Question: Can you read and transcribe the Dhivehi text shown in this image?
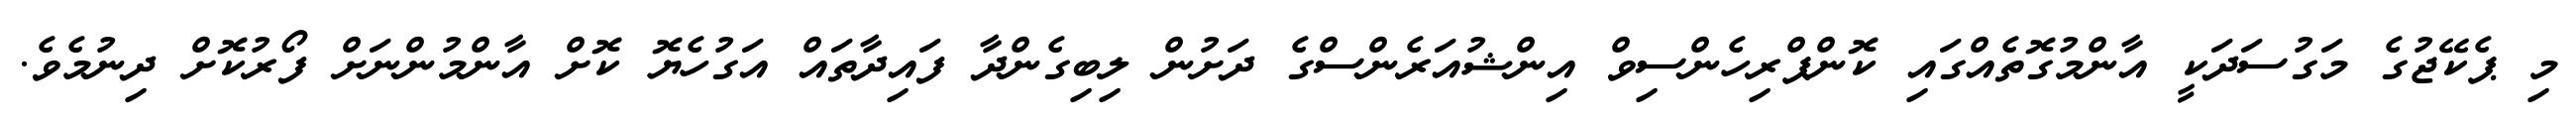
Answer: މި ޕެކޭޖުގެ މަގުސަދަކީ އާންމުގޮތެއްގައި ކޮންޕްރިހެންސިވް އިންޝުއަރެންސްގެ ދަށުން ލިބިގެންދާ ފައިދާތައް އަގުހެޔޮ ކޮށް އާންމުންނަށް ފޯރުކޮށް ދިނުމެވެ.